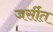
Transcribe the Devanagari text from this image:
जर्सीत